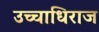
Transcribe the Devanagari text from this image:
उच्चाधिराज